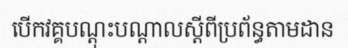
បើកវគ្គបណ្តុះបណ្តាលស្តីពីប្រព័ន្ធតាមដាន